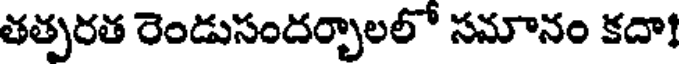
తత్పరత రెండుసందర్చాలలో సమానం కదా!